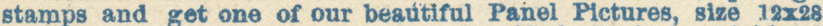
stamps and get one of our beautiful Panel Pictures, size 12x28